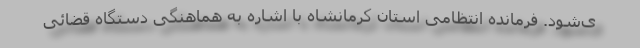
ی‌شود. فرمانده انتظامی استان کرمانشاه با اشاره به هماهنگی دستگاه قضائی